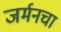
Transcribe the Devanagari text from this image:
जर्मनचा